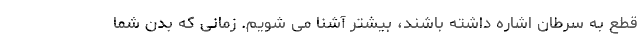
قطع به سرطان اشاره داشته باشند، بیشتر آشنا می شویم. زمانی که بدن شما